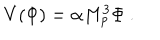
LaTeX: V ( \Phi ) = \alpha M _ { p } ^ { 3 } \Phi \ .